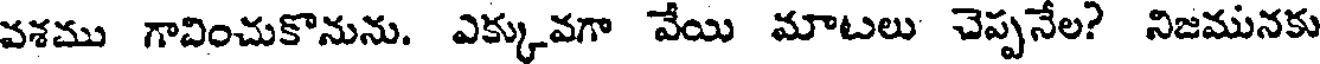
వశము గావించుకొనును. ఎక్కువగా వేయి మాటలు చెప్పనేల? నిజమునకు